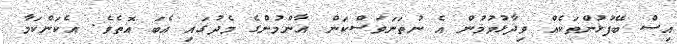
އިސް ބޭފުޅުންތަކެއް ވިދާޅުވުމުން އެ ނުތަނަވަސްކަން އާންމުންގެ މެދުގައި އެބަ އޮތެވެ. އެކަންކަމާ